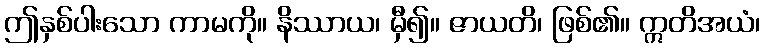
ဤနှစ်ပါးသော ကာမကို။ နိဿာယ၊ မှီ၍။ ဇာယတိ၊ ဖြစ်၏။ ဣတိအယံ၊